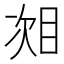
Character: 𬅧